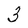
Character: 3